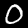
Digit: 0